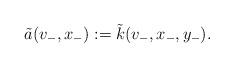
LaTeX: \begin{align*}\tilde a(v_-,x_-):=\tilde k(v_-,x_-,y_-).\end{align*}